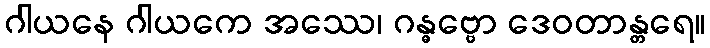
ဂါယနေ ဂါယကေ အဿေ၊ ဂန္ဓဗ္ဗော ဒေဝတာန္တရေ။